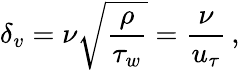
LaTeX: \delta_{v}=\nu\sqrt{\frac{\rho}{\tau_{w}}}=\frac{\nu}{u_{\tau}}\, ,